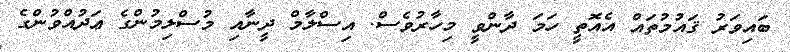
ބައިވަރު ޤައުމުތައް އެއޮތީ ހަމަ ދާންވީ މިހާރުވެސް. އިސްލާމް ދީނާއި މުސްލިމުންގެ ޢަދުއްވުންގެ